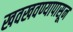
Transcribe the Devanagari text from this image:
खवखवण्यापासून